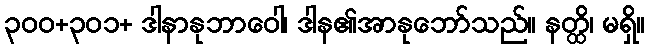
၃၀၀+၃၀၁+ ဒါနာနုဘာဝေါ၊ ဒါန၏အာနုဘော်သည်။ နတ္ထိ၊ မရှိ။